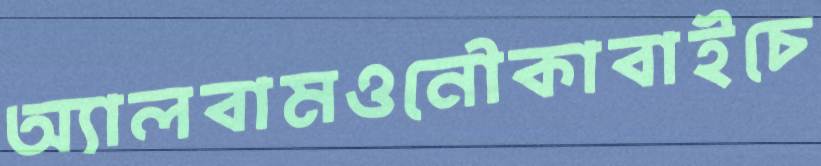
অ্যালবামওনৌকাবাইচে